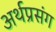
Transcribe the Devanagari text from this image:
अर्थप्रसंग